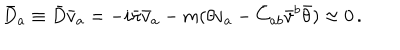
LaTeX: \bar { D } _ { a } \equiv \bar { D } \bar { v } _ { a } = - i \bar { \pi } \bar { v } _ { a } - m ( \theta v _ { a } - \bar { C } _ { a b } \bar { v } ^ { b } \bar { \theta } ) \approx 0 \, .